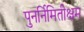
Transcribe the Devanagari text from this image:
पुनर्निमितीक्षम